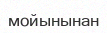
мойынынан